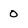
Character: 0